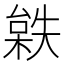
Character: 𣗻